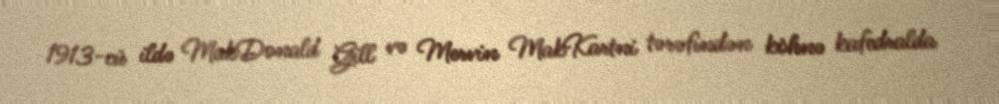
1913-cü ildə MakDonald Gill və Mervin MakKartni tərəfindən köhnə kafedralda